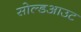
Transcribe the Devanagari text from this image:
सोल्डआउट